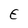
Character: E